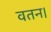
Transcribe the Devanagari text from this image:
वतन।